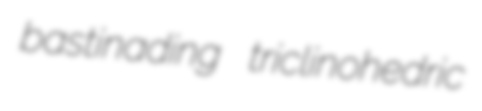
bastinading triclinohedric